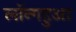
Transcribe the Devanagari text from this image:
लॉन्गहुआ